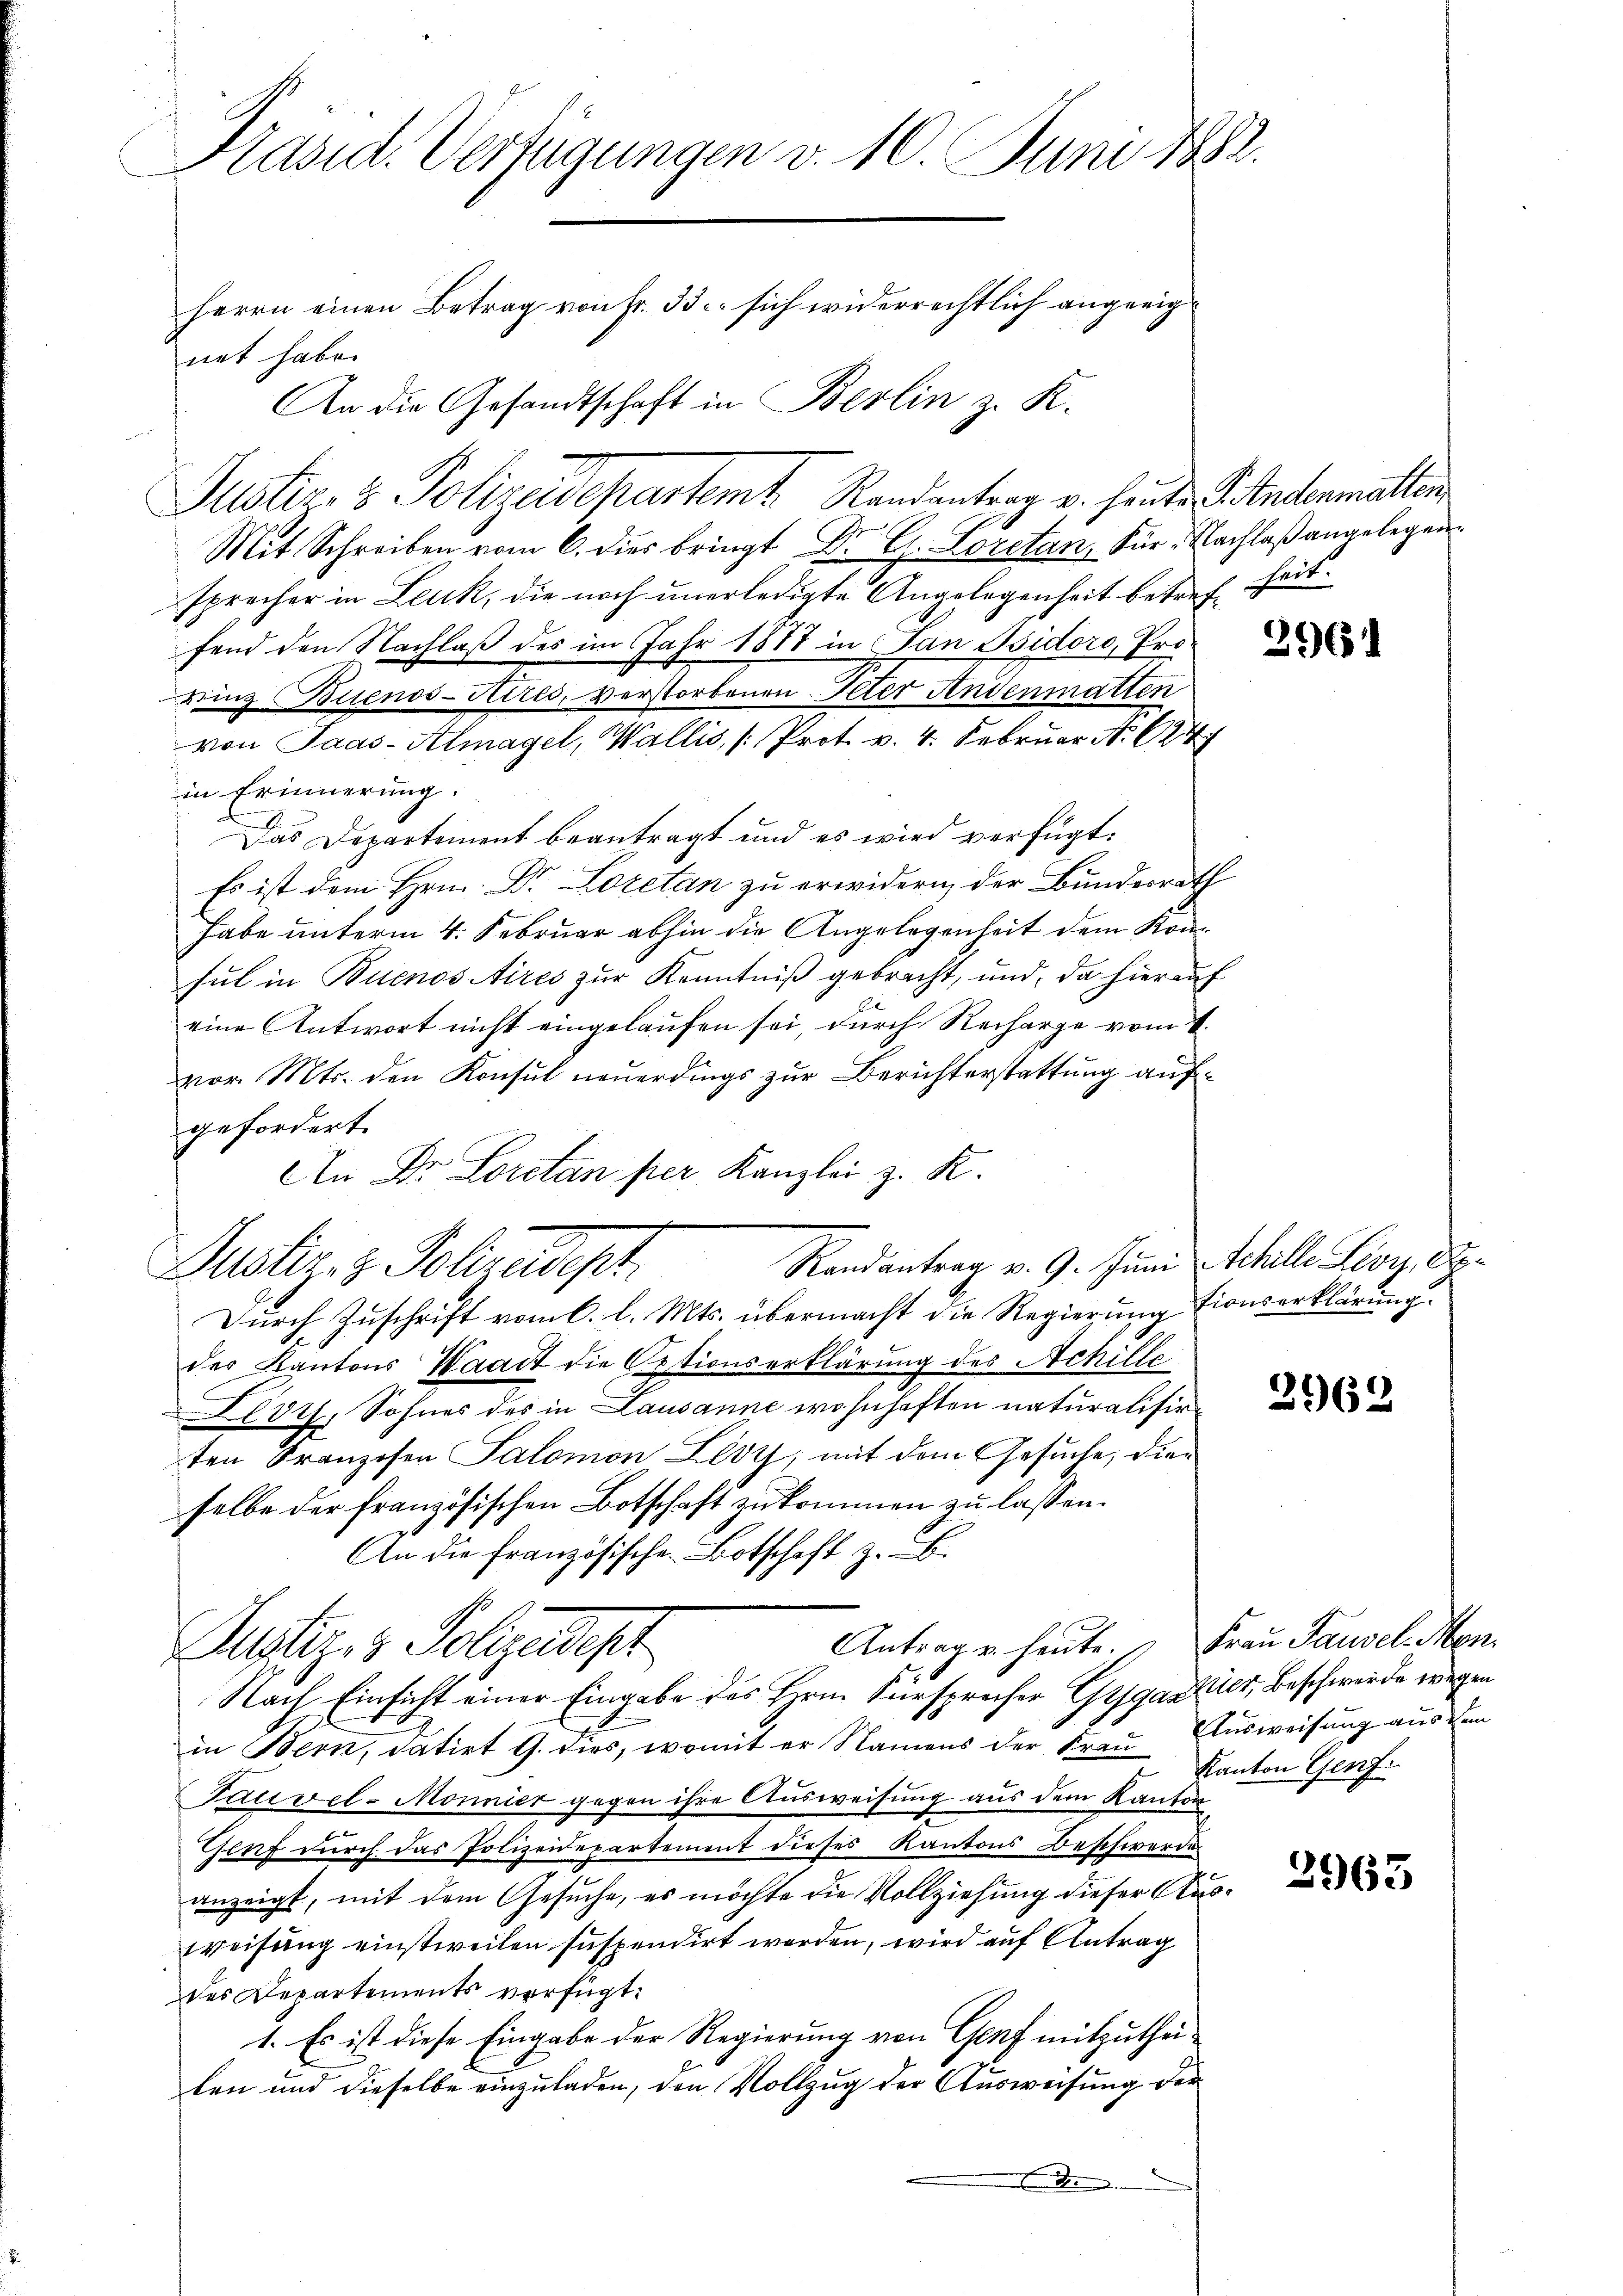
Präsid. Verfügungen v. 10. Juni 1882.
Herrn einen Betrag von Fr. 33. sich widerrechtlich angeeignet habe.
An die Gesandtschaft in Berlin z. K.

Justiz- & Polizeidepartemt. Randantrag v. heute Andermallen
Mit Schreiben vom 6. dies bringt Dr. C. Loretan, Für Nachlaß angelegen
sprocher in Leuk, die noch unerledigte Angelegenheit betref seitfend den Nachlaß des im Jahr 1888 in San Isidoro, Provinz Buenos-Aires, verstorbenen Peter Andenmatten
von Paas-Almagel, Wallis, (Prot. v. 4. Februar N. 24
in Erinnerung.
Das Departement beantragt und es wird verfügt:
Es ist dem Hrn. Dr. Loretan zu erwidern der Bundesrath
habe unterm 4. Februar abhin die Angelegenheit dem Komsul in Buenos Aires zur Kenntniß gebracht, und, da hierauf
eine Antwort nicht eingelaufen sei, durch Recharge vom 1.
vor. Mts. den Konsul neuerdings zur Berichterstattung aufgefordert.
An Dr. Loretan per Kanzlei z. R.
Randantrag v. 9. Juni Schille Lioy, 88.
Puster, z. Polizedeph
Durch Zuschrift vom 6. l. Mts. übermacht die Regierung tionserklärung.
der Kantons Waadt die Optionserklärung des Achille
Llot, Sohnes des in Lausanne wohnhaften naturalisirten Franzosen Salomon Lloy, mit dem Gesuche, dies
selbe der französischen Botschaft zukommen zu lassen.
An die französischen Botschaft z. B.
Antrage heute. Frau Sausel Men¬
Justiz & Polizeist
Nach Einsicht einer Eingabe des Hrn. Fürsprecher Gegastler, Beschwerde wegen
in Bern, datirt G. dies, womit er Namens der Frau Ausweisung aus dem
Fauvel-Monnier gegen ihre Ausweisung aus dem Kanton
“
Genf durch das Polizeidepartement dieses Kantons Beschwerde
anzeigt, mit dem Gesuche, es möchte die Vollziehung dieser Ausweisung einstweilen suspendirt werden, wird auf Antrag
des Departements verfügt:
1. Es ist diese Eingabe der Regierung von Genf mitzutheilen und dieselbe einzuladen, den Vollzug der Ausweisung der

396.

2962

Kanton Genf.

3965